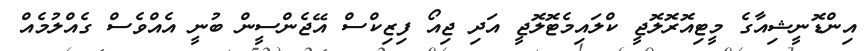
އިންޑޮނީޝިއާގެ މީޓިއޮރޮލޮޖީ ކްލައިމެޓޮލޮޖީ އަދި ޖިއޯ ފިޒިކްސް އޭޖެންސީން ބުނީ އެއްވެސް ގެއްލުމެއް